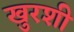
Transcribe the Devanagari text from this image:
खुरशी